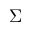
\Sigma